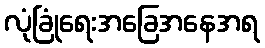
လုံခြုံရေးအခြေအနေအရ